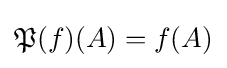
{\mathfrak {P}}(f)(A)=f(A)